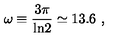
\omega \equiv { \frac { 3 \pi } { \mathrm { l n } 2 } } \simeq 1 3 . 6 \ ,